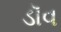
ડૉવ